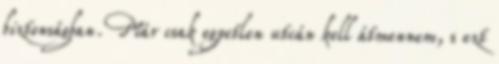
biztonságban. Már csak egyetlen utcán kell átmennem, s ezt